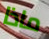
ماذا